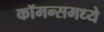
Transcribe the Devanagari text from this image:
कॉमन्समध्ये